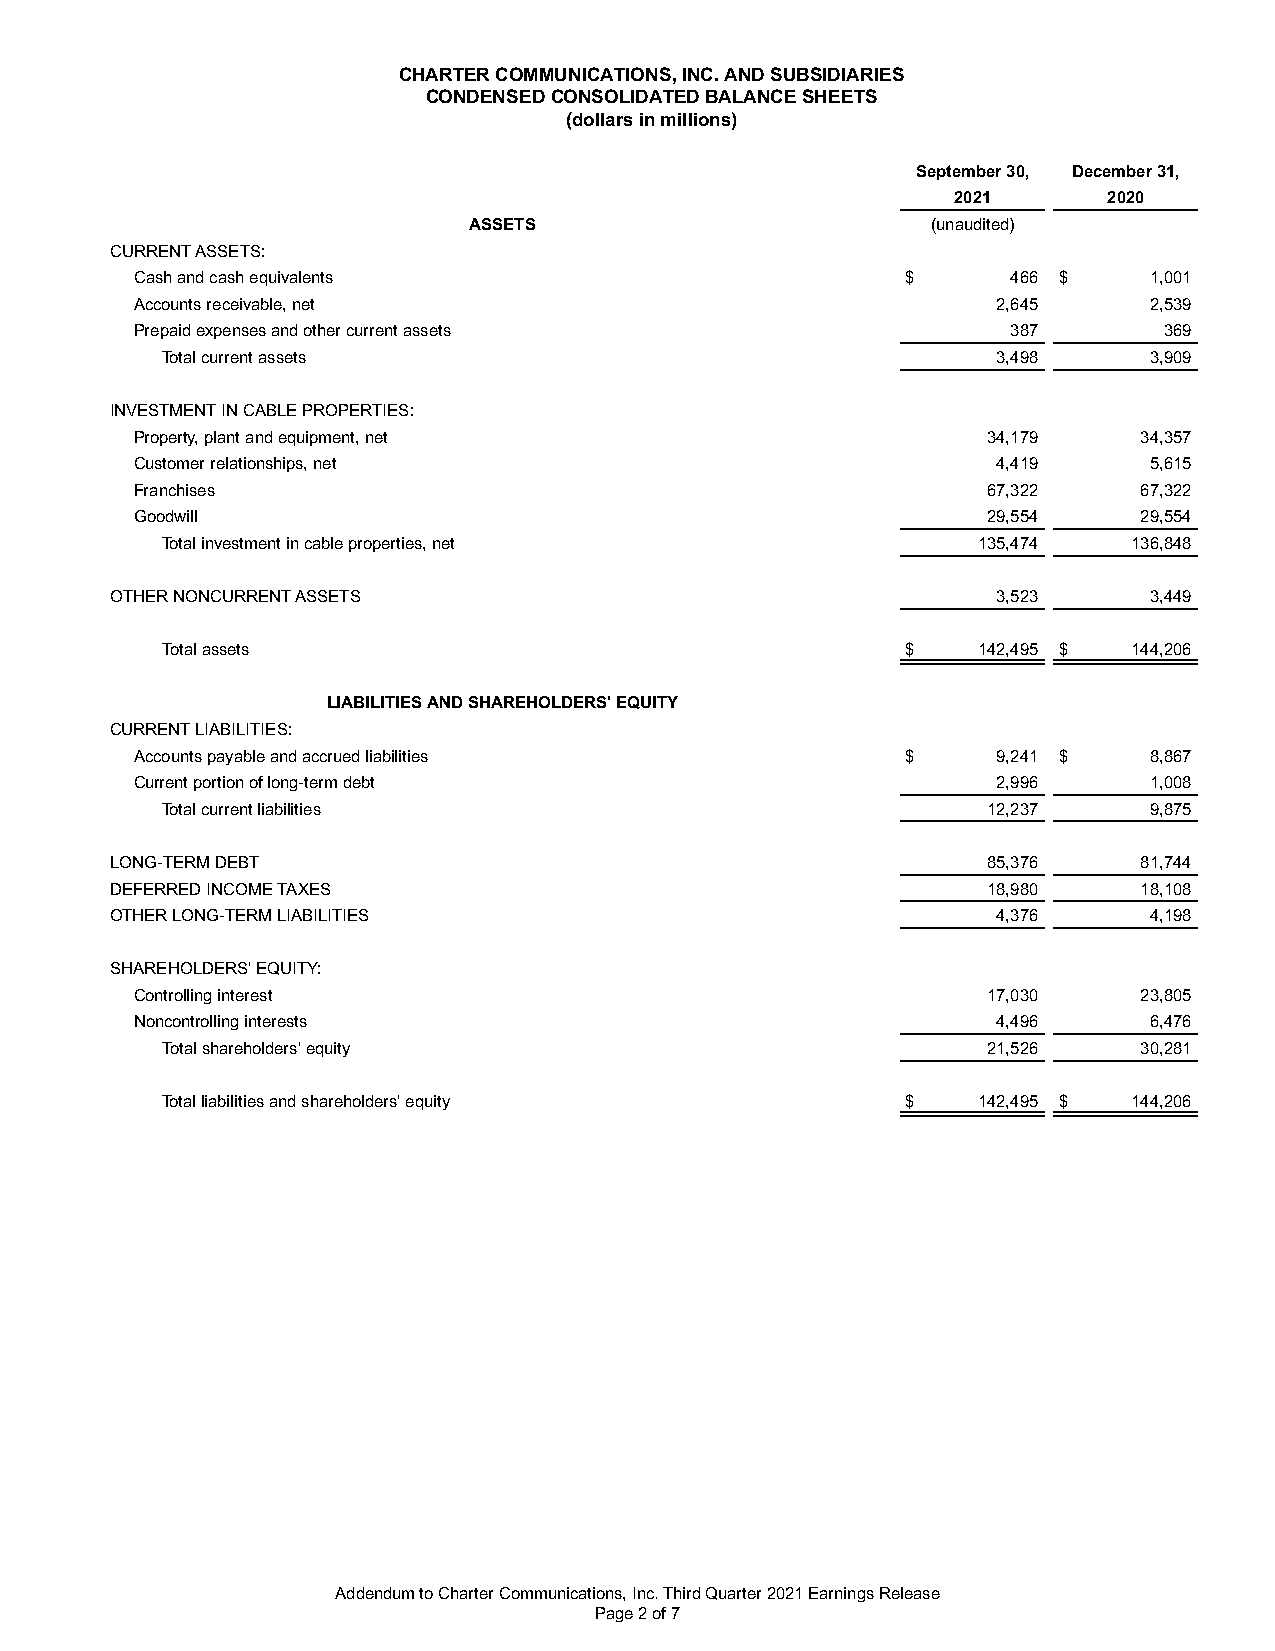
CHARTER COMMUNICATIONS, INC. AND SUBSIDIARIES
 CONDENSED CONSOLIDATED BALANCE SHEETS
 (dollars in millions)
 September 30, December 31,
 2021      2020
 ASSETS                         (unaudited)
 CURRENT ASSETS:
 Cash and cash equivalents                          $      466 $    1,001
 Accounts receivable, net                                 2,645     2,539
 Prepaid expenses and other current assets                 387       369
 Total current assets                                   3,498     3,909
 INVESTMENT IN CABLE PROPERTIES:
 Property, plant and equipment, net                      34,179     34,357
 Customer relationships, net                              4,419     5,615
 Franchises                                              67,322     67,322
 Goodwill                                                29,554     29,554
 Total investment in cable properties, net             135,474   136,848
 OTHER NONCURRENT ASSETS                                    3,523     3,449
 Total assets                                     $    142,495 $ 144,206
 LIABILITIES AND SHAREHOLDERS' EQUITY
 CURRENT LIABILITIES:
 Accounts payable and accrued liabilities           $     9,241 $   8,867
 Current portion of long-term debt                        2,996     1,008
 Total current liabilities                             12,237     9,875
 LONG-TERM DEBT                                            85,376     81,744
 DEFERRED INCOME TAXES                                     18,980     18,108
 OTHER LONG-TERM LIABILITIES                                4,376     4,198
 SHAREHOLDERS' EQUITY:
 Controlling interest                                    17,030     23,805
 Noncontrolling interests                                 4,496     6,476
 Total shareholders' equity                            21,526     30,281
 Total liabilities and shareholders' equity       $    142,495 $ 144,206
 Addendum to Charter Communications, Inc. Third Quarter 2021 Earnings Release
 Page 2 of 7